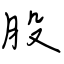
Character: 股